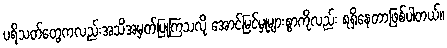
ပရိသတ်တွေကလည်းအသိအမှတ်ပြုကြသလို အောင်မြင်မှုများစွာကိုလည်း ရရှိနေတာဖြစ်ပါတယ်။